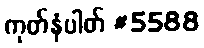
ကုတ်နံပါတ် #5588